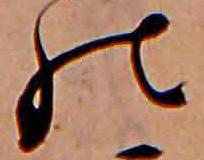
の